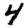
Digit: 4